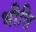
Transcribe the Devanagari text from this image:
भीत्ति